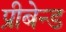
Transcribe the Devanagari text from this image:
प्रीबेन्ड